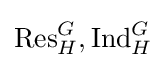
\operatorname {Res} _{H}^{G},\operatorname {Ind} _{H}^{G}